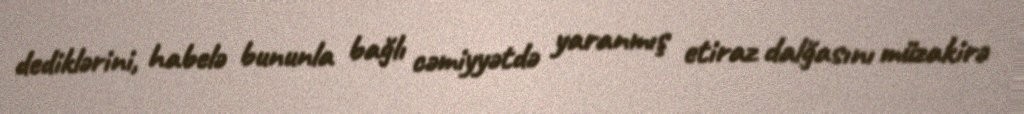
dediklərini, habelə bununla bağlı cəmiyyətdə yaranmış etiraz dalğasını müzakirə